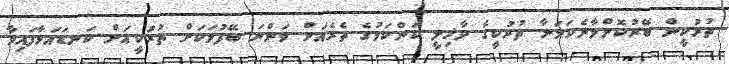
ތުރުކީން ބޭރުކޮށްލާނެކަމަށާ ތުރުކީގެ ދާޚިލީ ކަންކަމުގެ ތެރެއަށް ވަންނަ ބޭފުޅަކަށް ތުރުކީއަށް ކަނޑައަޅާފައިވާ